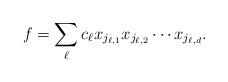
LaTeX: \begin{align*}f = \sum_{\ell} c_\ell x_{j_{\ell,1}} x_{j_{\ell,2}} \cdots x_{j_{\ell,d}}.\end{align*}